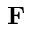
\mathbf { F }